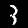
Digit: 3